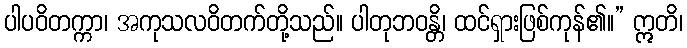
ပါပဝိတက္ကာ၊ အကုသလဝိတက်တို့သည်။ ပါတုဘဝန္တိ၊ ထင်ရှားဖြစ်ကုန်၏။” ဣတိ၊